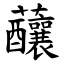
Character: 䖆